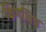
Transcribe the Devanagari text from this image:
किंगशिप